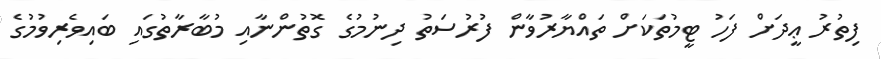
ފިތުރު ޢީދަށް ފަހު ޓީމުތަކަށް ތައްޔާރުވާން ފުރުސަތު ދިނުމުގެ ގޮތުންނާއި މުބާރާތުގައި ބައިވެރިވުމުގެ